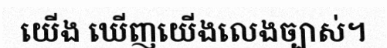
យើង ឃើញយើងលេងច្បាស់។